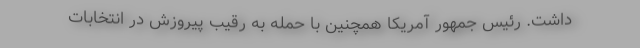
داشت. رئیس جمهور آمریکا همچنین با حمله به رقیب پیروزش در انتخابات